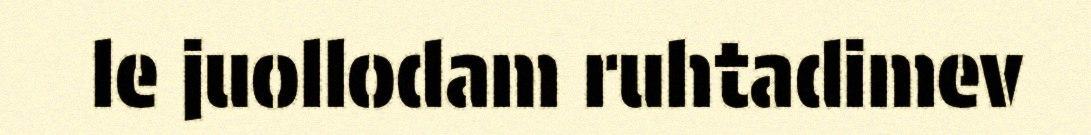
le juollodam ruhtadimev